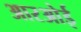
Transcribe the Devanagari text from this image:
आरओई